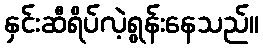
နှင်းဆီရိပ်လဲ့ရွန်းနေသည်။